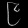
Digit: ၉